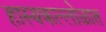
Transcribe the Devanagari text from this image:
हास्यकल्लोळात